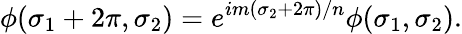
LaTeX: \phi(\sigma_{1}+2\pi,\sigma_{2})=e^{im(\sigma_{2}+2\pi)/n}\phi(\sigma_{1},\sigma_{2}).